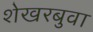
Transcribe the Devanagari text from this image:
शेखरबुवा